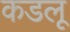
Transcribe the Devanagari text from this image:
कडलू